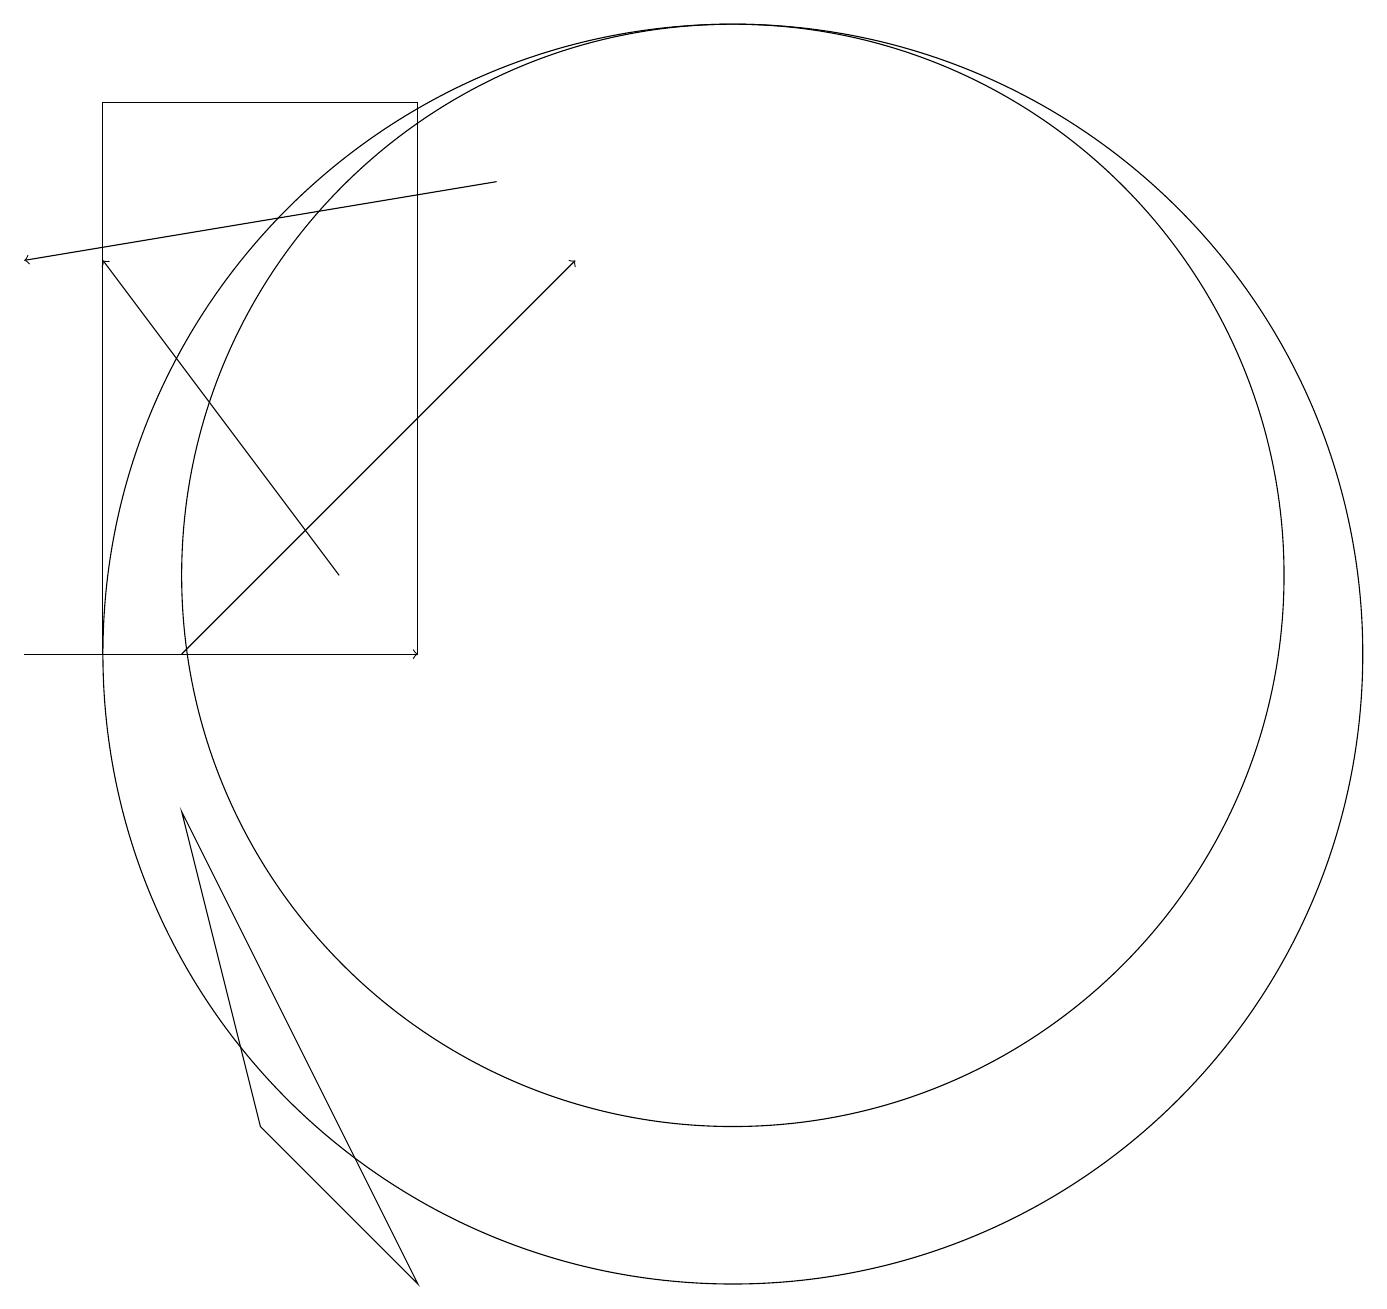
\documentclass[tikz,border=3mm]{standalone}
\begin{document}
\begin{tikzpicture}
\draw (10,11) circle (7);
\draw[->] (3,10) -- (8,15);
\draw[->] (5,11) -- (2,15);
\draw (2,17) rectangle (6,10);
\draw (10,10) circle (8);
\draw (6,2) -- (4,4) -- (3,8) -- cycle;
\draw[->] (7,16) -- (1,15);
\draw[->] (1,10) -- (6,10);
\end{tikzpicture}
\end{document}